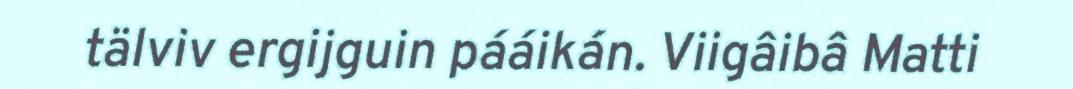
tälviv ergijguin pááikán. Viigâibâ Matti